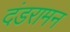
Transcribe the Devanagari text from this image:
दंडरामन